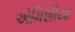
એમિશીયા